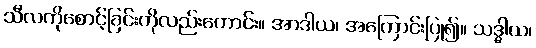
သီလကိုစောင့်ခြင်းကိုလည်းကောင်း။ အာဒါယ၊ အကြောင်းပြု၍။ သဒ္ဓါယ၊